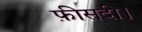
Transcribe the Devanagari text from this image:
फ़ीसदी।